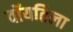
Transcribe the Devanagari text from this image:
वॉयतिला